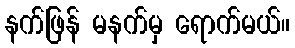
နက်ဖြန် မနက်မှ ရောက်မယ်။